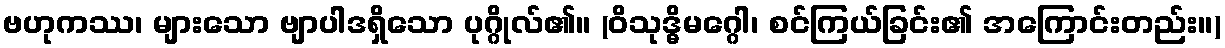
ဗဟုကဿ၊ များသော ဗျာပါဒရှိသော ပုဂ္ဂိုလ်၏။ (ဝိသုဒ္ဓိမဂ္ဂေါ၊ စင်ကြယ်ခြင်း၏ အကြောင်းတည်း။)